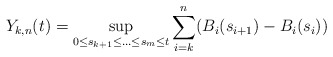
\begin{align*}Y_{k,n}(t)=\sup_{0\leq s_{k+1}\leq \ldots\leq s_m\leq t}\sum_{i=k}^n (B_i(s_{i+1})-B_i(s_i))\end{align*}